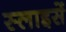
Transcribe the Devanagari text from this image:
स्लाइसें